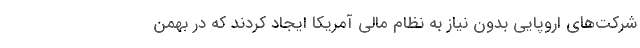
شرکت‌های اروپایی بدون نیاز به نظام مالی آمریکا ایجاد کردند که در بهمن